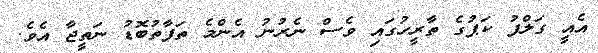
އެއީ ގަލްފު ކަޕުގެ ތާރީހުގައި ވެސް ނެރުނު އެންމެ ތަފާތުބޮޑު ނަތީޖާ އެވެ.